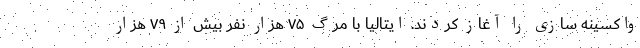
واکسینه سازی را آغاز کردند. ایتالیا با مرگ ۷۵ هزار نفر بیش از ۷۹ هزار